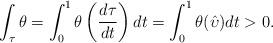
LaTeX: \begin{align*} \int_\tau\theta=\int_0^1\theta\left(\frac{d\tau}{dt}\right)dt=\int_0^1\theta(\hat{\upsilon})dt>0. \end{align*}